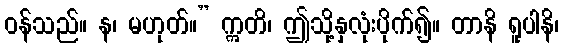
ဝန်သည်။ န၊ မဟုတ်။” ဣတိ၊ ဤသို့နှလုံးပိုက်၍။ တာနိ ရူပါနိ၊